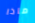
ماذا